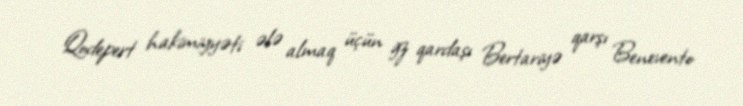
Qodepert hakimiyyəti ələ almaq üçün ğz qardaşı Bertariyə qarşı Benevento